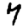
Digit: 7